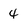
Character: 4